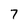
Character: 7